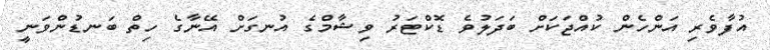
އުފާވެރި އަންހެން ކުއްޖަކަށް ބަދަލުވެ ޑޮކްޓަރު ވިޝާމްގެ އުނގަށް އޭނާގެ ހިތް ބަނޑުންވަނީ